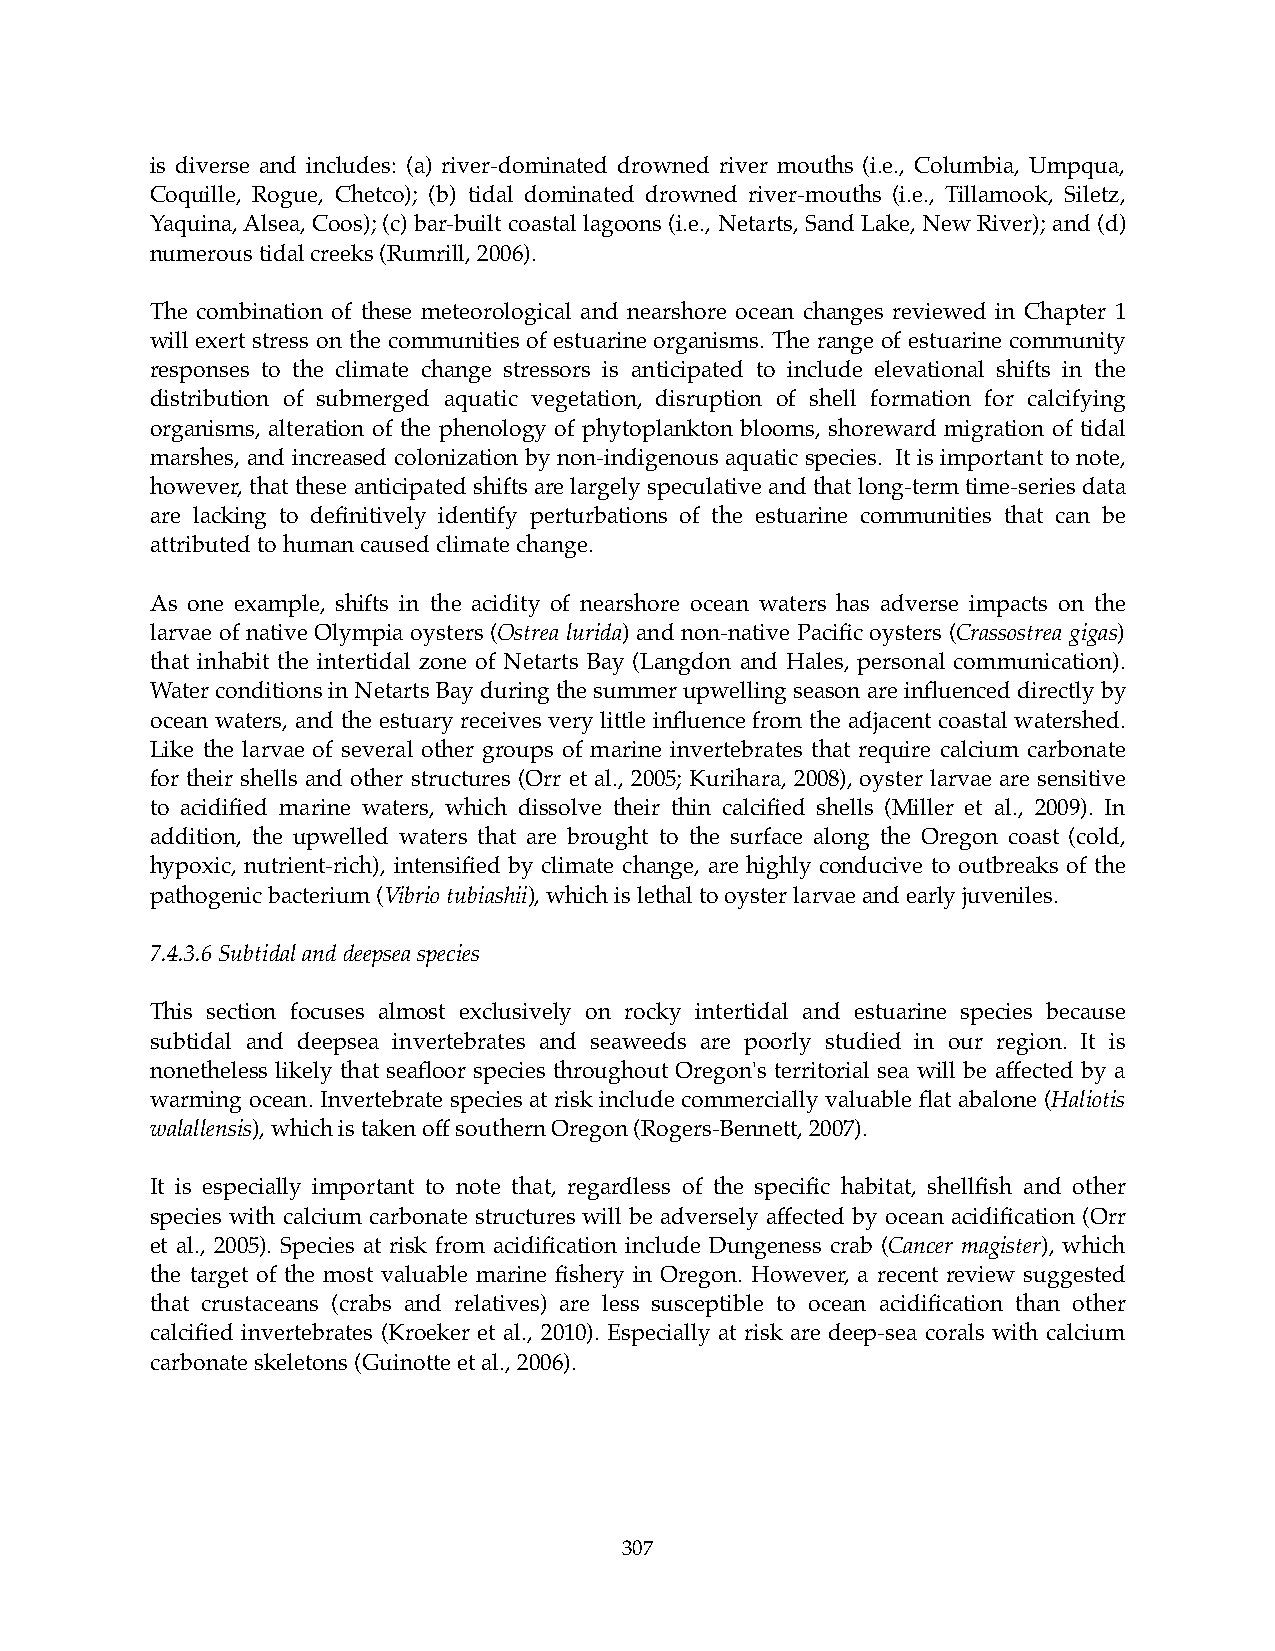
is diverse and includes: (a) river-dominated drowned river mouths (i.e., Columbia, Umpqua,
 Coquille, Rogue, Chetco); (b) tidal dominated drowned river-mouths (i.e., Tillamook, Siletz,
 Yaquina, Alsea, Coos); (c) bar-built coastal lagoons (i.e., Netarts, Sand Lake, New River); and (d)
 numerous tidal creeks (Rumrill, 2006).
 The combination of these meteorological and nearshore ocean changes reviewed in Chapter 1
 will exert stress on the communities of estuarine organisms. The range of estuarine community
 responses to the climate change stressors is anticipated to include elevational shifts in the
 distribution of submerged aquatic vegetation, disruption of shell formation for calcifying
 organisms, alteration of the phenology of phytoplankton blooms, shoreward migration of tidal
 marshes, and increased colonization by non-indigenous aquatic species. It is important to note,
 however, that these anticipated shifts are largely speculative and that long-term time-series data
 are lacking to definitively identify perturbations of the estuarine communities that can be
 attributed to human caused climate change.
 As one example, shifts in the acidity of nearshore ocean waters has adverse impacts on the
 larvae of native Olympia oysters (Ostrea lurida) and non-native Pacific oysters (Crassostrea gigas)
 that inhabit the intertidal zone of Netarts Bay (Langdon and Hales, personal communication).
 Water conditions in Netarts Bay during the summer upwelling season are influenced directly by
 ocean waters, and the estuary receives very little influence from the adjacent coastal watershed.
 Like the larvae of several other groups of marine invertebrates that require calcium carbonate
 for their shells and other structures (Orr et al., 2005; Kurihara, 2008), oyster larvae are sensitive
 to acidified marine waters, which dissolve their thin calcified shells (Miller et al., 2009). In
 addition, the upwelled waters that are brought to the surface along the Oregon coast (cold,
 hypoxic, nutrient-rich), intensified by climate change, are highly conducive to outbreaks of the
 pathogenic bacterium (Vibrio tubiashii), which is lethal to oyster larvae and early juveniles.
 7.4.3.6 Subtidal and deepsea species
 This section focuses almost exclusively on rocky intertidal and estuarine species because
 subtidal and deepsea invertebrates and seaweeds are poorly studied in our region. It is
 nonetheless likely that seafloor species throughout Oregon's territorial sea will be affected by a
 warming ocean. Invertebrate species at risk include commercially valuable flat abalone (Haliotis
 walallensis), which is taken off southern Oregon (Rogers-Bennett, 2007).
 It is especially important to note that, regardless of the specific habitat, shellfish and other
 species with calcium carbonate structures will be adversely affected by ocean acidification (Orr
 et al., 2005). Species at risk from acidification include Dungeness crab (Cancer magister), which
 the target of the most valuable marine fishery in Oregon. However, a recent review suggested
 that crustaceans (crabs and relatives) are less susceptible to ocean acidification than other
 calcified invertebrates (Kroeker et al., 2010). Especially at risk are deep-sea corals with calcium
 carbonate skeletons (Guinotte et al., 2006).
 307